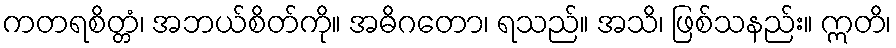
ကတရစိတ္တံ၊ အဘယ်စိတ်ကို။ အဓိဂတော၊ ရသည်။ အသိ၊ ဖြစ်သနည်း။ ဣတိ၊